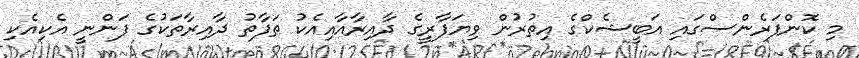
މި ކޮންފަރެންސްގައި އަބީޝެކްގެ އިތުރުން ވިޔަފާރީގެ ދާއިރާއާއިއެކު ތަފާތު ދާއިރާތަކުގެ ފަންނީ އެކިއެކި